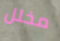
مخلل